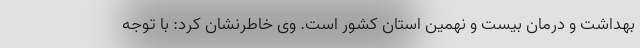
بهداشت و درمان بیست و نهمین استان کشور است. وی خاطرنشان کرد: با توجه